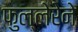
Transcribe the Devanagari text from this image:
फुल्लेरेने